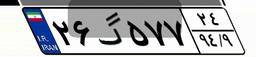
۲۶گ۵۷۷۲۴